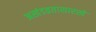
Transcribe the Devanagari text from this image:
अखंडव्रतासारखे